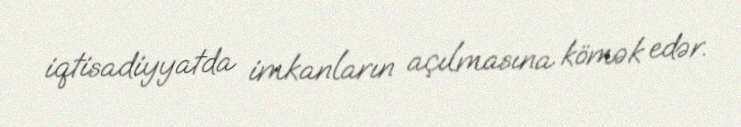
iqtisadiyyatda imkanların açılmasına kömək edər.